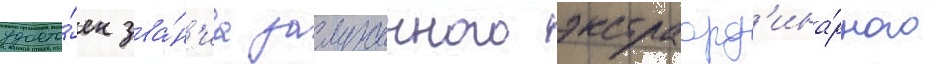
удосто́ен зва́н'иа заслуженного экстраорд'ина́рного